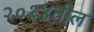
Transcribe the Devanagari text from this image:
२०१४तील